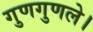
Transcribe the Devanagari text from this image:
गुणगुणले।